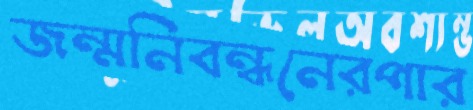
জন্মনিবন্ধনেরপার